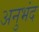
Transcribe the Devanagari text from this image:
अनुभंद